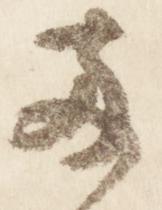
両